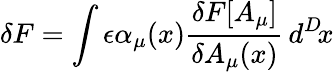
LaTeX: \delta F=\int\epsilon\alpha_{\mu}(x){\frac{\delta F[A_{\mu}]}{\delta A_{\mu}(x)}}\, d^{D}\! x